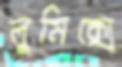
লুমিক্সে